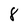
Character: 8